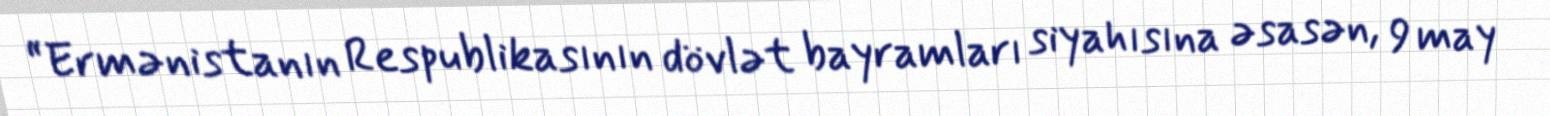
“Ermənistanın Respublikasının dövlət bayramları siyahısına əsasən, 9 may